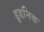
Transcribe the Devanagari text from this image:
डूडनिक